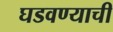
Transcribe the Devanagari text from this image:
घडवण्याची